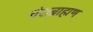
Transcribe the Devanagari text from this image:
वंशब्राह्मण